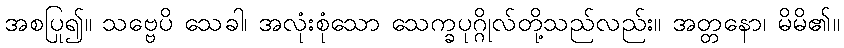
အစပြု၍။ သဗ္ဗေပိ သေခါ၊ အလုံးစုံသော သေက္ခပုဂ္ဂိုလ်တို့သည်လည်း။ အတ္တနော၊ မိမိ၏။